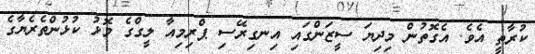
ކުރާތީ އެވެ. އެގޮތުން މިދިޔަ ސީޒަންގައި އިނގިރޭސި ޕްރިމިއާ ލީގްގެ މޮޅު ކުޅުންތެރެޔާގެ